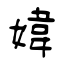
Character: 媁